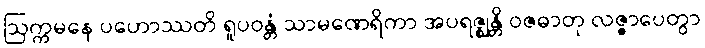
ဩက္ကမနေ ပဟောဿတိ ရူပဝန္တံ သာမဏေရိကာ အပရဇ္ဈန္တိ ဝဇဓာတု လဇ္ဇာပေတွာ